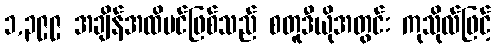
၁,၃၉၉ အချိန်အထိပင်ဖြစ်သည် စတူဒီယိုအတွင်း ကုသိုလ်ဖြင့်